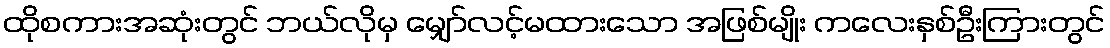
ထိုစကားအဆုံးတွင် ဘယ်လိုမှ မျှော်လင့်မထားသော အဖြစ်မျိုး ကလေးနှစ်ဦးကြားတွင်